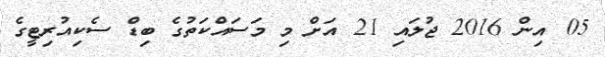
05 އިން 2016 ޖުލައި 21 އަށް މި މަސައްކަތުގެ ބިޑް ސެކިއުރިޓީގެ